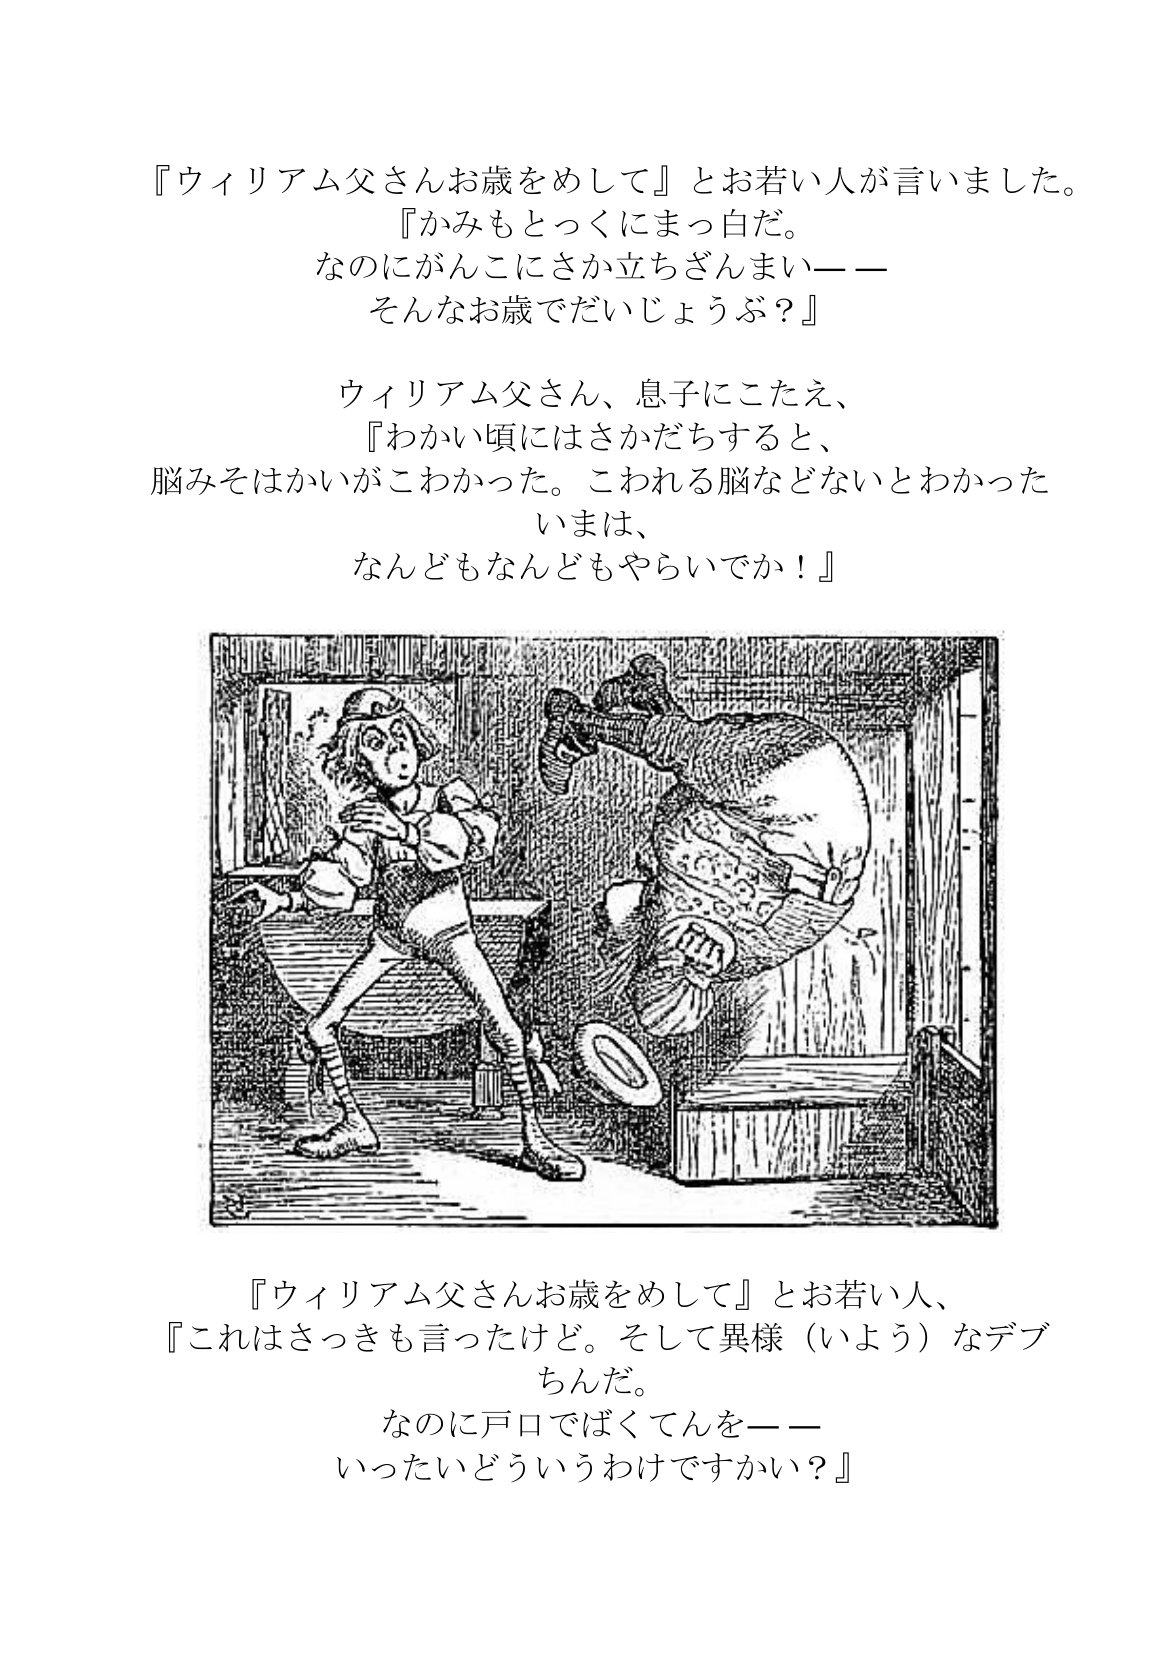
Language: ja